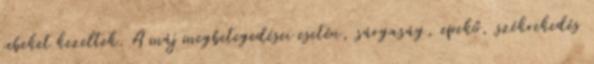
sebeket kezeltek. A máj megbetegedései esetén, sárgaság, epekő, székrekedés